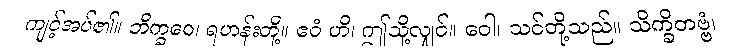
ကျင့်အပ်၏။ ဘိက္ခဝေ၊ ရဟန်းတို့။ ဧဝံ ဟိ၊ ဤသို့လျှင်။ ဝေါ၊ သင်တို့သည်။ သိက္ခိတဗ္ဗံ၊